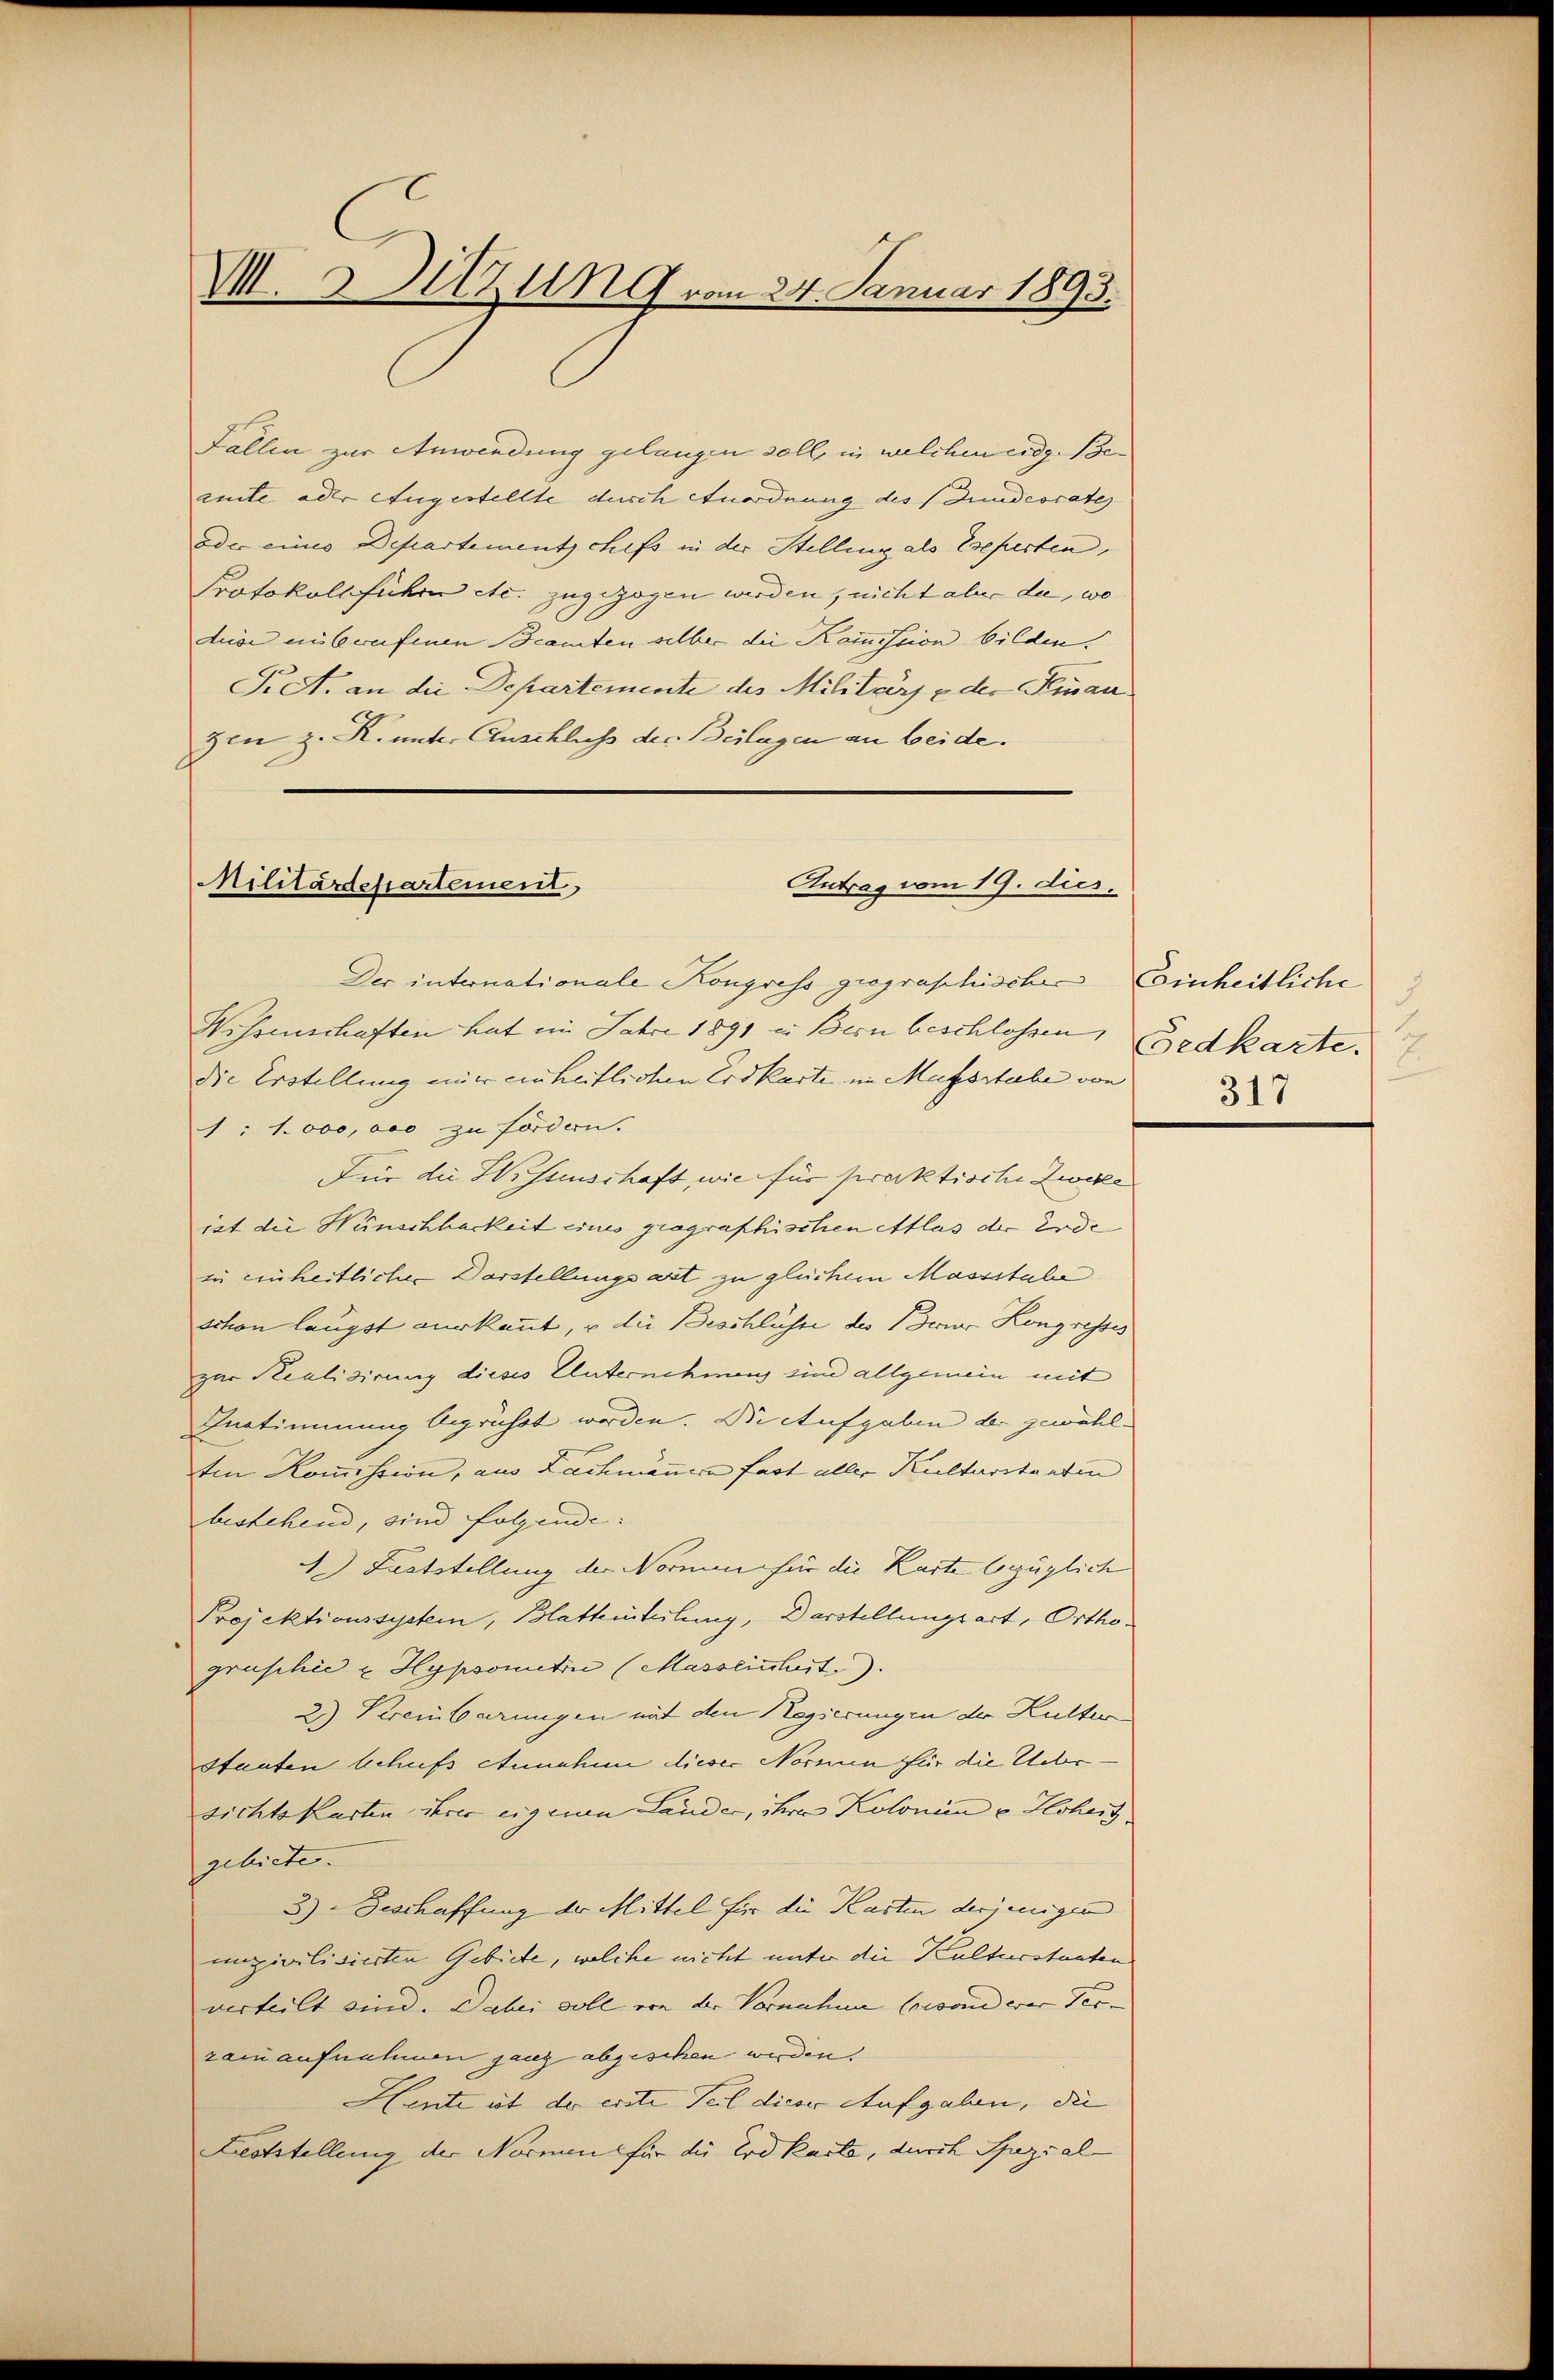
V. 3 Sitzung vom 24. Januar 1893.

Fallen zur Anwendung gelangen soll, in welchen eidg. Beamte oder Angestellte durch Anordnung des (Bundesrates
oder eines Departements Chefs in der Stellung als Eseperten,
Protokollführe etc. zugezogen werden, nicht aber da, wo
dus einbrufenen Beamten selber die Kommission bilden.
T. A. an die Departemente des Militärs & der Finan
zen z. R. unter Anschluß der Beilagen an beide.

Wissenschaften hat im Jahre 1891 in Bern beschlossen,
die Erstellung mir einheitlichen Erdkarte im Massstabe von
1:1000,000 zu forden.
Für die Wissenschaft, wie für praktische Zween
ist die Wünschbarkeit eines gragraphischen Atlas der Erde
in einheitlichen Darstellunge erst zu gleichem Massstabe
schon langst verkannt, u die Beschlüsse des Berne Kongresses
zur Realisirung dieses Unternehmens sind allgemein mit
Instimmung begrüßt worden. Die Aufgaben der gewählten Kommission, aus Lachmännern fast aller Kulturstanten
bestehend, sind folgende.
. Luststellung der Normen für die Karte bezüglich
Projektionssystem, Blatheteilung, Darstellungsart, Orthograschie u Hypsomitin (Masseinheit)
2.) Vereinbarungen mit den Regierungen der Kutter
Staaten schufs Annahen dieser Normen für die Uebesichtskarten ihrer eigenen Lander, ihrer Kolonen u Hoheit
gebiete.
3.) Geschaffung der Mittel für die Kasten derjenigen
unzialisierten Gebiete, welche nicht unter die Kulturstanten
verteilt sind. Dabei soll von der Vornahme besonderer Ver-
zam aufnehmen ganz abgeschen werden.
Hente ist der erste Teil dieser Aufgaben, die
Lieststellung der Normen für die Erdkaste, durch Spezial-

Antrag vom 19. dies.
Militärdepartement,
Der internationale Kongress geographische Einheitliche

Gedkarte. 7
317